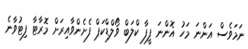
ނަމަވެސް އަންނަ މަހު އޮންނަ ފީފާ ކްލަބް ވޯލްޑްކަޕް ފެށެންވާއިރަށް މޮރާޓާ ފިޓުވާނެ